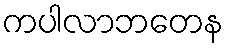
ကပါလာဘတေန